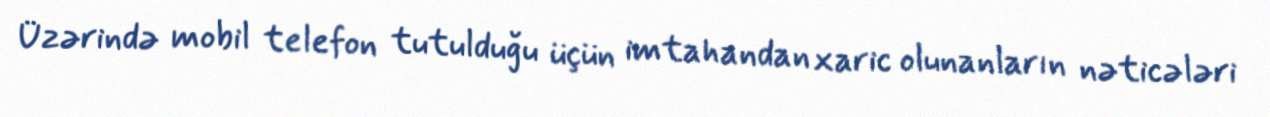
Üzərində mobil telefon tutulduğu üçün imtahandan xaric olunanların nəticələri